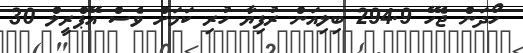
ހޯދަން ޖެހޭ 294.9 ބިލިއަން ރުފިޔާ ހުރި ކަމަށް ވެސް އޭޕްރީލް 30